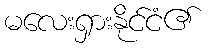
မလေးရှားနိုင်ငံ၏